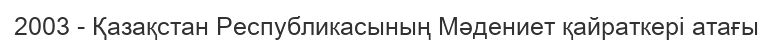
2003 - Қазақстан Республикасының Мәдениет қайраткері атағы